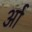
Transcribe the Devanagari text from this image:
र्आ